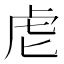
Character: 䖈